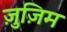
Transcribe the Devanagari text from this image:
ज़ुज़िम